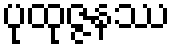
ပုထုဇ္ဇနဿ